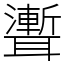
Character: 聻